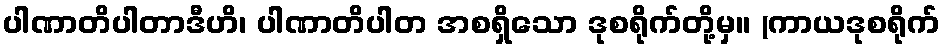
ပါဏာတိပါတာဒီဟိ၊ ပါဏာတိပါတ အစရှိသော ဒုစရိုက်တို့မှ။ (ကာယဒုစရိုက်